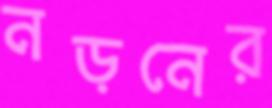
নড়নের